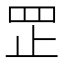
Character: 𦊆